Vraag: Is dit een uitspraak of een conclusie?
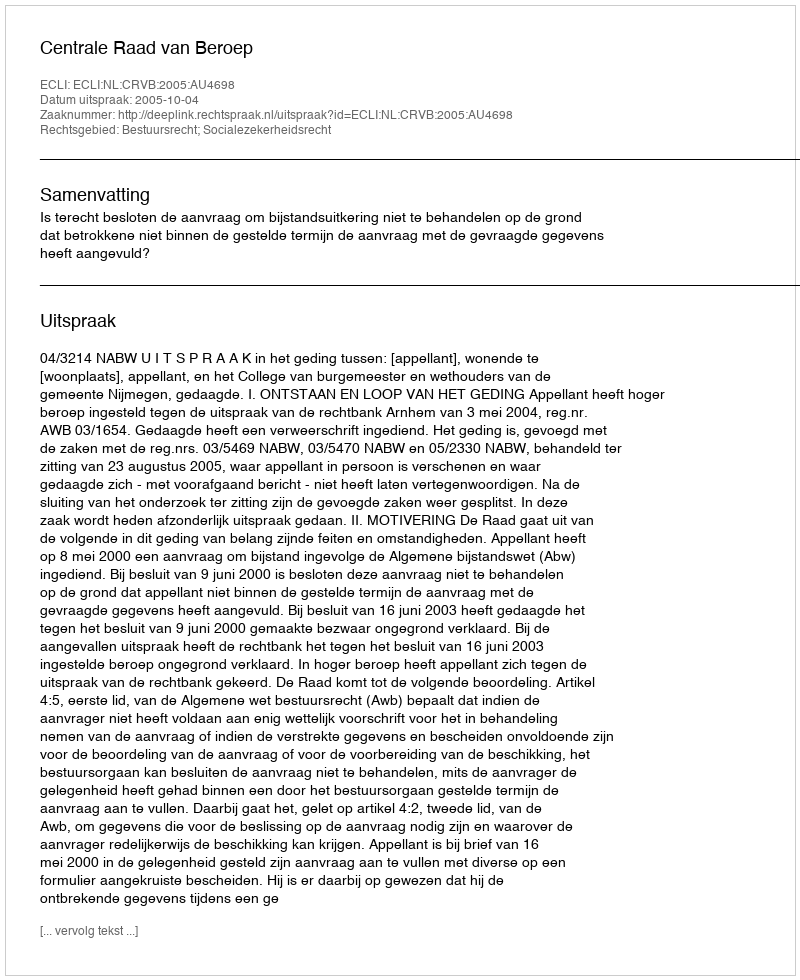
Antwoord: Uitspraak